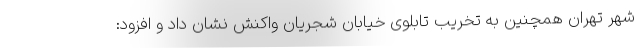
شهر تهران همچنین به تخریب تابلوی خیابان شجریان واکنش نشان داد و افزود: